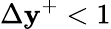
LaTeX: \Delta\mathbf{y}^{+}<1